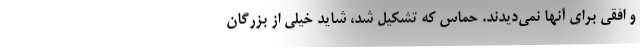
و افقی برای آنها نمی‌دیدند. حماس که تشکیل شد، شاید خیلی از بزرگان